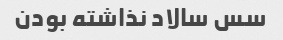
سس سالاد نذاشته بودن